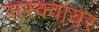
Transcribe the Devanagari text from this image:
सस्क्वायर